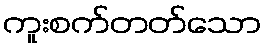
ကူးစက်တတ်သော